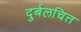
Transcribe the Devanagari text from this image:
दुर्बलचित्त